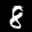
Label: 8